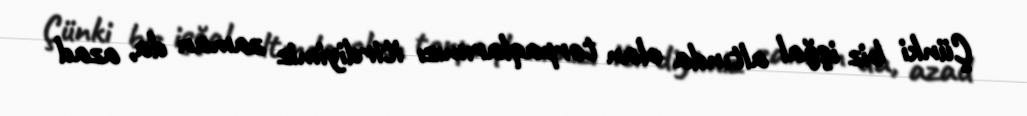
Çünki biz işğal altında olan torpaqlarımızı itirdiyimiz zaman da, azad